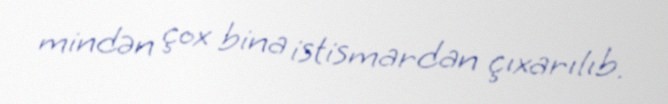
mindən çox bina istismardan çıxarılıb.